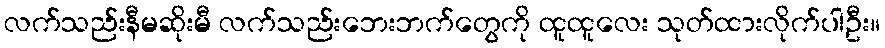
လက်သည်းနီမဆိုးမီ လက်သည်းဘေးဘက်တွေကို ထူထူလေး သုတ်ထားလိုက်ပါဦး။